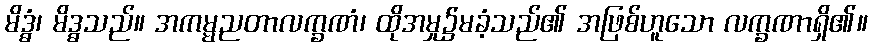
မိဒ္ဓံ၊ မိဒ္ဓသည်။ အကမ္မညတာလက္ခဏံ၊ ထိုအမှု၌မခံ့သည်၏ အဖြစ်ဟူသော လက္ခဏာရှိ၏။